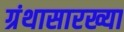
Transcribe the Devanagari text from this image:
ग्रंथासारख्या